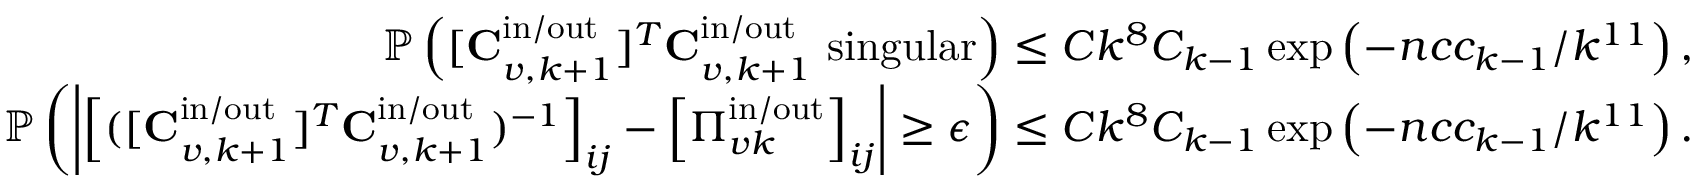
\begin{array} { r } { \mathbb { P } \left( [ \mathbf { C } _ { v , k + 1 } ^ { \mathrm { i n } / \mathrm { o u t } } ] ^ { T } \mathbf { C } _ { v , k + 1 } ^ { \mathrm { i n } / \mathrm { o u t } } \mathrm { ~ s i n g u l a r } \right) \leq C k ^ { 8 } C _ { k - 1 } \exp \left( - n c c _ { k - 1 } / k ^ { 1 1 } \right) , } \\ { \mathbb { P } \left( \left| \left[ ( [ \mathbf { C } _ { v , k + 1 } ^ { \mathrm { i n } / \mathrm { o u t } } ] ^ { T } \mathbf { C } _ { v , k + 1 } ^ { \mathrm { i n } / \mathrm { o u t } } ) ^ { - 1 } \right] _ { i j } - \left[ \boldsymbol { \Pi } _ { v k } ^ { \mathrm { i n } / \mathrm { o u t } } \right] _ { i j } \right| \geq \epsilon \right) \leq C k ^ { 8 } C _ { k - 1 } \exp \left( - n c c _ { k - 1 } / k ^ { 1 1 } \right) . } \end{array}